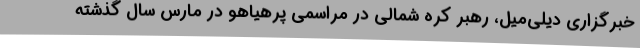
خبرگزاری دیلی‌میل، رهبر کره شمالی در مراسمی پرهیاهو در مارس سال گذشته